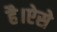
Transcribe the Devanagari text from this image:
है।ऐसे